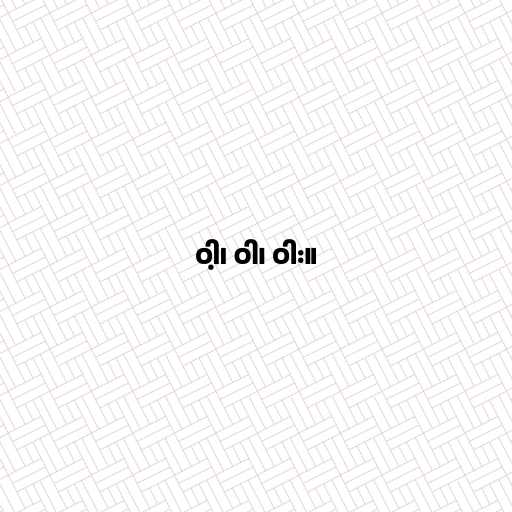
ဝါ့၊ ဝါ၊ ဝါး။